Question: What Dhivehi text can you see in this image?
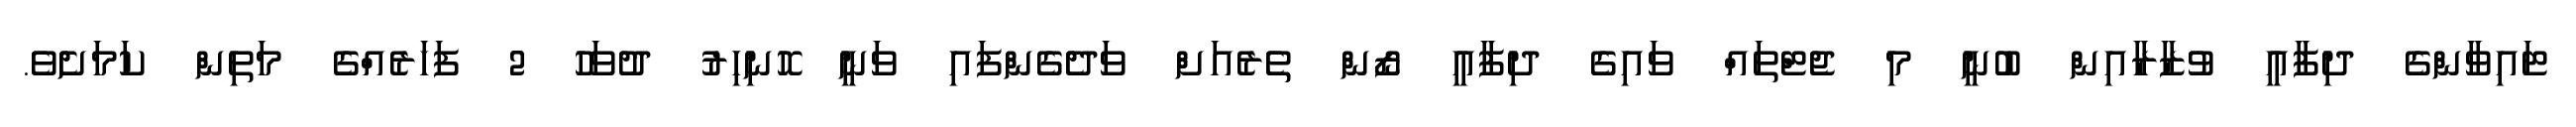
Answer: ޓައިވާންގެ ދިފާއީ ވުޒާރާއިން ބުނީ މި ޖެޓްތައް ވައިގެ ދިފާއީ ޒޯން ތެރެއަށް ވަދެގެންފައި ވަނީ ހޮނިހިރު ދުވަހު 2 ފަހަރެއްގެ މަތިން ކަމަށެވެ.